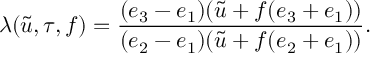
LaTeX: \lambda ( \tilde { u } , \tau , f ) = \frac { ( e _ { 3 } - e _ { 1 } ) ( \tilde { u } + f ( e _ { 3 } + e _ { 1 } ) ) } { ( e _ { 2 } - e _ { 1 } ) ( \tilde { u } + f ( e _ { 2 } + e _ { 1 } ) ) } .